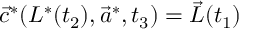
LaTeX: \vec { c } ^ { * } ( L ^ { * } ( t _ { 2 } ) , \vec { a } ^ { * } , t _ { 3 } ) = \vec { L } ( t _ { 1 } )